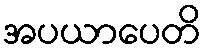
အပယာပေတိ